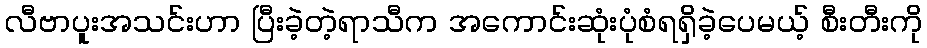
လီဗာပူးအသင်းဟာ ပြီးခဲ့တဲ့ရာသီက အကောင်းဆုံးပုံစံရရှိခဲ့ပေမယ့် စီးတီးကို